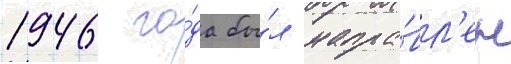
1946 го́да бы́л напра́вл'ен